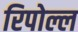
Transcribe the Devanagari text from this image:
रिपोल्ल